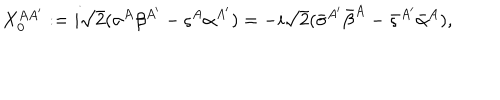
X _ { 0 } ^ { A { A ^ { \prime } } } : = i { \sqrt 2 } ( \sigma ^ { A } \beta ^ { A ^ { \prime } } - \varsigma ^ { A } \alpha ^ { A ^ { \prime } } ) = - i { \sqrt 2 } ( { \bar { \sigma } } ^ { A ^ { \prime } } { \bar { \beta } } ^ { A } - { \bar { \varsigma } } ^ { A ^ { \prime } } { \bar { \alpha } } ^ { A } ) ,